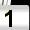
Digit: 1